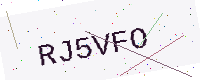
Text: RJ5VFO